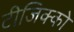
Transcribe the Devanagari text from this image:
टीजिक्को